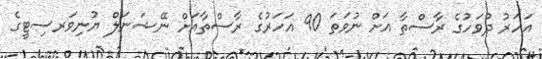
އަހަރު ދުވަހުގެ ރާސްތާ އަށް ނުވަތަ 90 އަހަރުގެ ރާސްތާއަށް ނޭޝަނަލް ޔުނިވަރސިޓީގެ